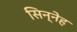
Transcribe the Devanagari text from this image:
सिन्नेह